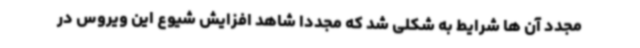
مجدد آن ها شرایط به شکلی شد که مجددا شاهد افزایش شیوع این ویروس در